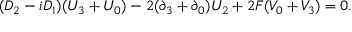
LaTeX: ( D _ { 2 } - i D _ { 1 } ) ( U _ { 3 } + U _ { 0 } ) - 2 ( \partial _ { 3 } + \partial _ { 0 } ) U _ { 2 } + 2 { \cal { F } } ( V _ { 0 } + V _ { 3 } ) = 0 .